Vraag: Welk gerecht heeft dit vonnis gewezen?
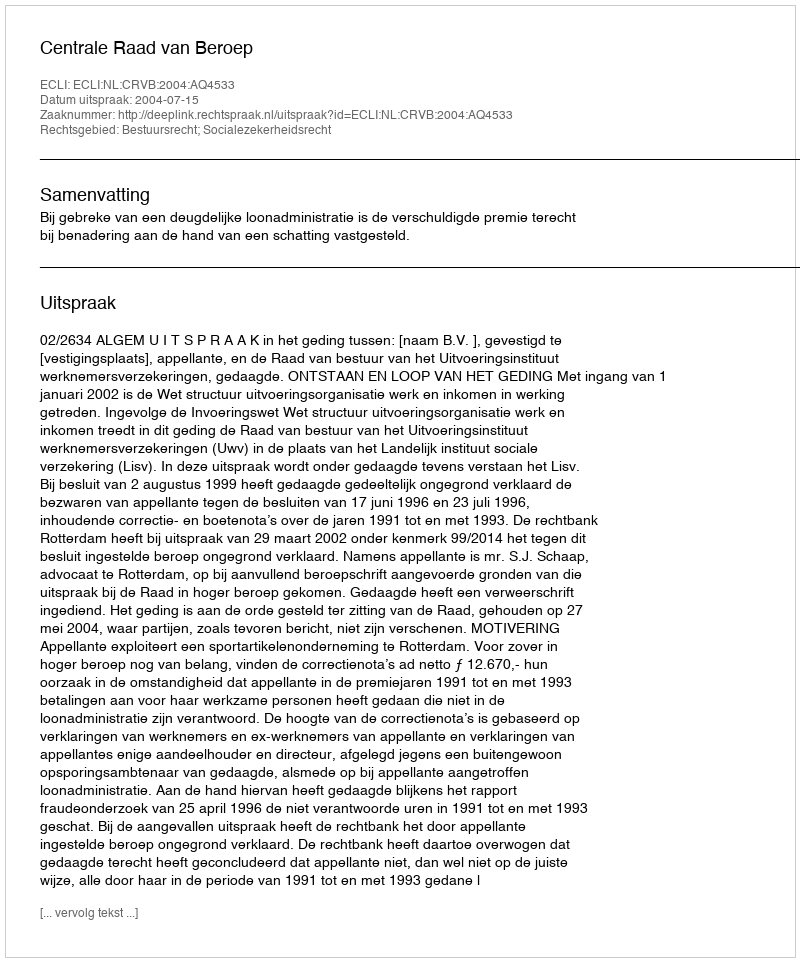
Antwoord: Centrale Raad van Beroep